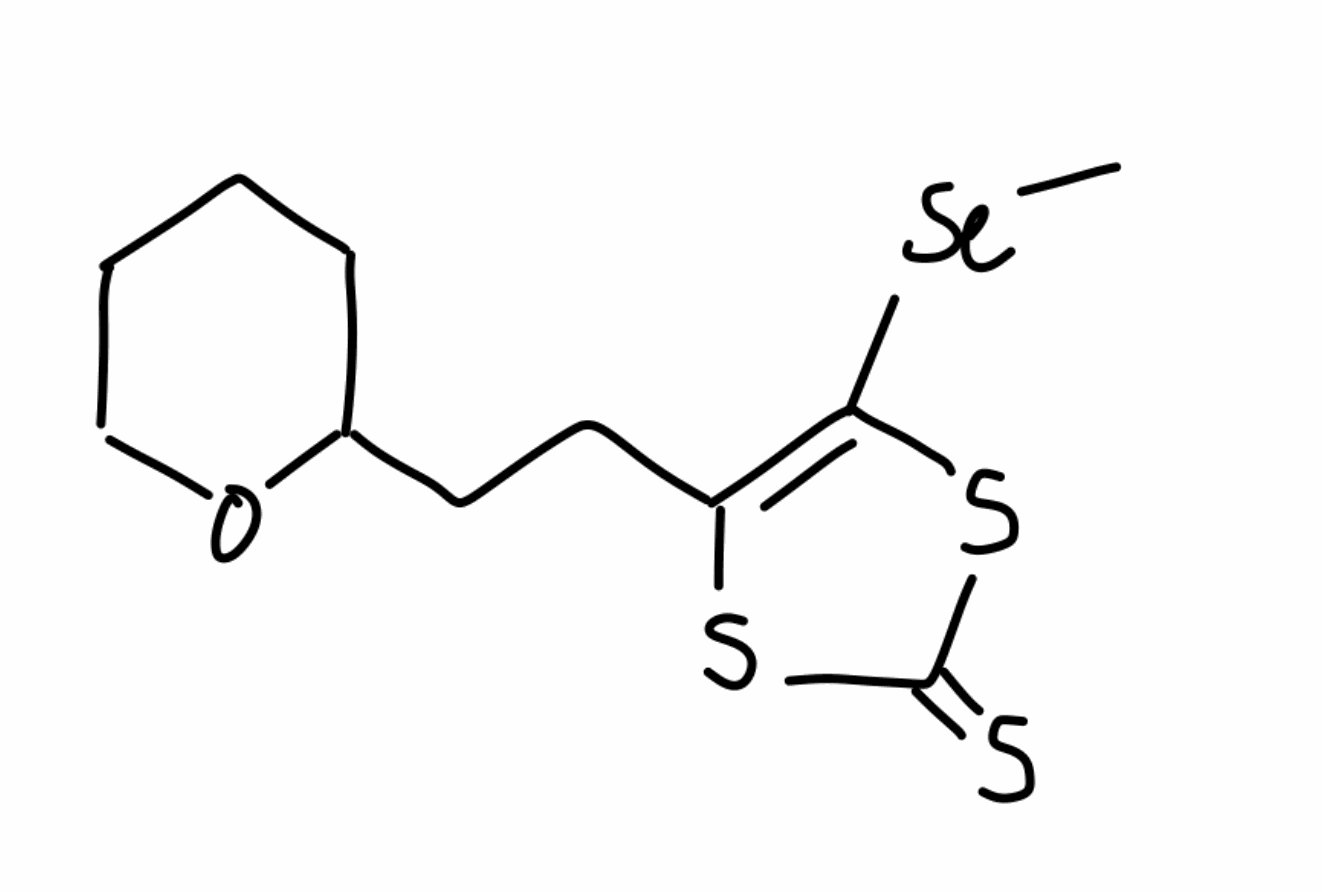
Simplified molecular-input line-entry system (SMILES) notation of the given molecule:
C[Se]C1=C(SC(=S)S1)CCC2CCCCO2